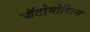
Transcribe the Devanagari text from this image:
ऑटोमोविल्स